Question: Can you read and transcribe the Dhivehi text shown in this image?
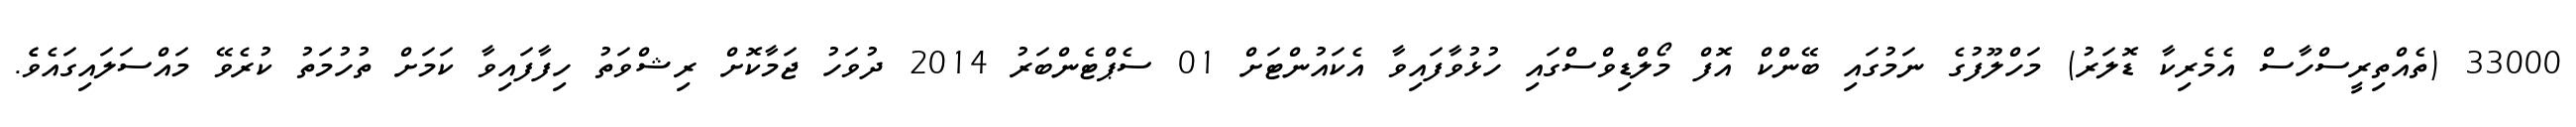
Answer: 33000 (ތެއްތިރީސްހާސް އެމެރިކާ ޑޮލަރު) މަހްލޫފުގެ ނަމުގައި ބޭންކް އޮފް މޯލްޑިވްސްގައި ހުޅުވާފައިވާ އެކައުންޓަށް 01 ސެޕްޓެންބަރު 2014 ދުވަހު ޖަމާކޮށް ރިޝްވަތު ހިފާފައިވާ ކަމަށް ތުހުމަތު ކުރެވޭ މައްސަލައިގައެވެެ.